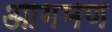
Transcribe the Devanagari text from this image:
आगमण